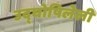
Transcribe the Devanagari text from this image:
उद्‌घोषिलेली